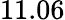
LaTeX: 11.06